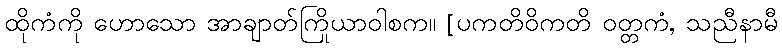
ထိုကံကို ဟောသော အာချာတ်ကြိယာဝါစက။ [ပကတိဝိကတိ ဝုတ္တကံ, သညီနာမီ